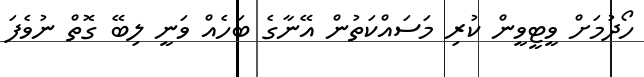
ހޯދުމަށް ވީޓީވީން ކުރި މަސައްކަތުން އޭނާގެ ބަހެއް ވަނީ ލިބޭ ގޮތް ނުވެފަ